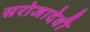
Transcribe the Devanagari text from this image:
सरोजादेवी